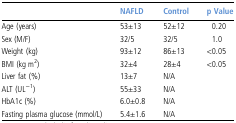
<table><thead><tr><td></td><td><b>NAFLD</b></td><td><b>Control</b></td><td><b>p Value</b></td></tr></thead><tbody><tr><td>Age (years)</td><td>53±13</td><td>52±12</td><td>0.20</td></tr><tr><td>Sex (M/F)</td><td>32/5</td><td>32/5</td><td>1.0</td></tr><tr><td>Weight (kg)</td><td>93±12</td><td>86±13</td><td>&lt;0.05</td></tr><tr><td>BMI (kg m<sup>2</sup>)</td><td>32±4</td><td>28±4</td><td>&lt;0.05</td></tr><tr><td>Liver fat (%)</td><td>13±7</td><td>N/A</td><td></td></tr><tr><td>ALT (UL<sup>−1</sup>)</td><td>55±33</td><td>N/A</td><td></td></tr><tr><td>HbA1c (%)</td><td>6.0±0.8</td><td>N/A</td><td></td></tr><tr><td>Fasting plasma glucose (mmol/L)</td><td>5.4±1.6</td><td>N/A</td><td></td></tr></tbody></table>